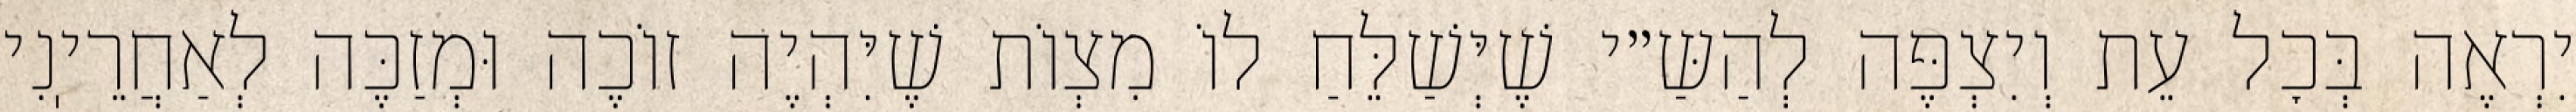
יִרְאֶה בְּכׇל עֵת וְיִצְפֶּה לְהַשַּ״י שֶׁיְּשַׁלֵּחַ לוֹ מִצְוֹת שֶׁיִּהְיֶה זוֹכֶה וּמְזַכֶּה לְאַחֲרֵיֽנִי